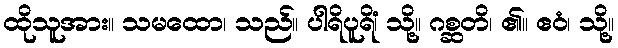
ထိုသူအား။ သမထော၊ သည်။ ပါရိပူရိံ၊ သို့။ ဂစ္ဆတိ၊ ၏။ ဧဝံ၊ သို့။